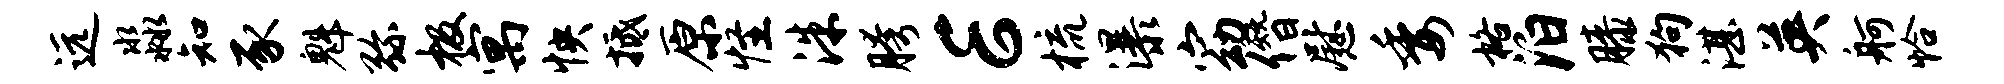
远淼知豕魁弥极寓怏抵原怪洙胯E梳瀑窈僭慰委格泊膝狗湛英舸恰